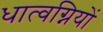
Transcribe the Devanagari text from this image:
धात्वग्नियों